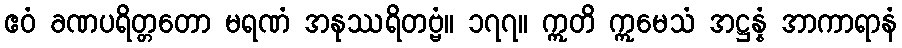
ဧဝံ ခဏပရိတ္တတော မရဏံ အနုဿရိတဗ္ဗံ။ ၁၇၇။ ဣတိ ဣမေသံ အဋ္ဌန္နံ အာကာရာနံ